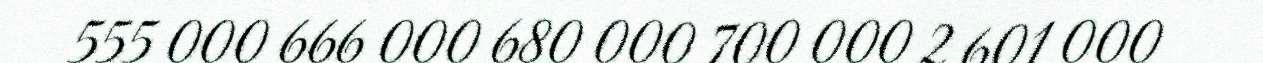
555 000 666 000 680 000 700 000 2 601 000